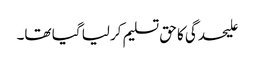
علیحدگی کا حق تسلیم کرلیا گیا تھا۔